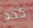
كحد